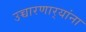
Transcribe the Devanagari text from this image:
उच्चारणार्‍यांना